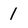
Character: l